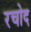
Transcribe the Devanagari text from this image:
रचोद